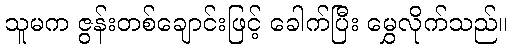
သူမက ဇွန်းတစ်ချောင်းဖြင့် ခေါက်ပြီး မွှေလိုက်သည်။